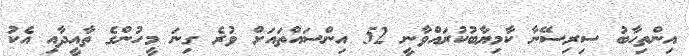
އިންތިހާބު ސިރިސޭނާ ކާމިޔާބުކުރައްވާނީ 52 އިންސައްތައަށް ވުރެ ގިނަ މީހުންގެ ތާއީދާއި އެކު